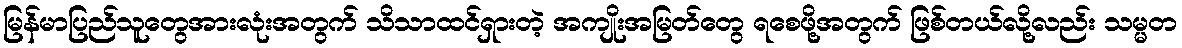
မြန်မာပြည်သူတွေအားလုံးအတွက် သိသာထင်ရှားတဲ့ အကျိုးအမြတ်တွေ ရစေဖို့အတွက် ဖြစ်တယ်လို့လည်း သမ္မတ